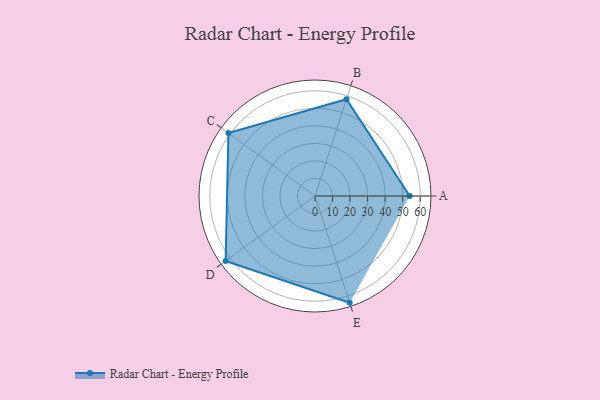
{"axis": {"x": "Skill", "y": "Score"}, "legend": ["Profile"], "data": [{"x": "A", "y": 54.0, "type": "Profile"}, {"x": "B", "y": 58.0, "type": "Profile"}, {"x": "C", "y": 61.0, "type": "Profile"}, {"x": "D", "y": 63.0, "type": "Profile"}, {"x": "E", "y": 64.0, "type": "Profile"}]}